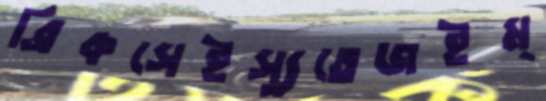
ব্রিকসেইস্যুতেজইম্